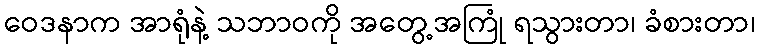
ဝေဒနာက အာရုံနဲ့ သဘာဝကို အတွေ့အကြုံ ရသွားတာ၊ ခံစားတာ၊